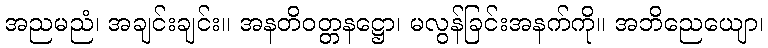
အညမညံ၊ အချင်းချင်း။ အနတိဝတ္တနဋ္ဌော၊ မလွန်ခြင်းအနက်ကို။ အဘိညေယျော၊